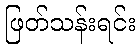
ဖြတ်သန်းရင်း